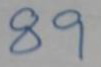
89